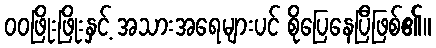
ဝဝဖြိုးဖြိုးနှင့် အသားအရေများပင် စိုပြေနေပြီဖြစ်၏။